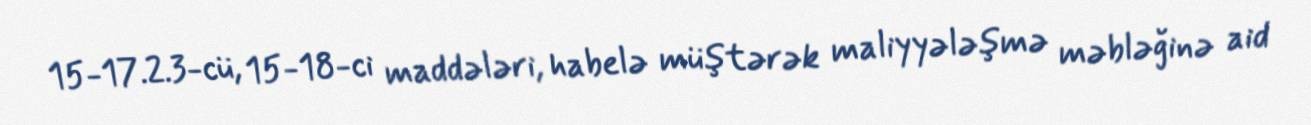
15-17.2.3-cü, 15-18-ci maddələri, habelə müştərək maliyyələşmə məbləğinə aid